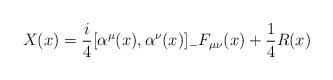
LaTeX: \begin{align*}X(x)=\frac{i}{4}[\alpha^\mu(x),\alpha^\nu(x)]_-F_{\mu\nu}(x)+\frac{1}{4}R(x)\end{align*}